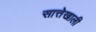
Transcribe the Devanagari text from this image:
सात्तेखाली